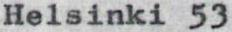
Helsinki 53